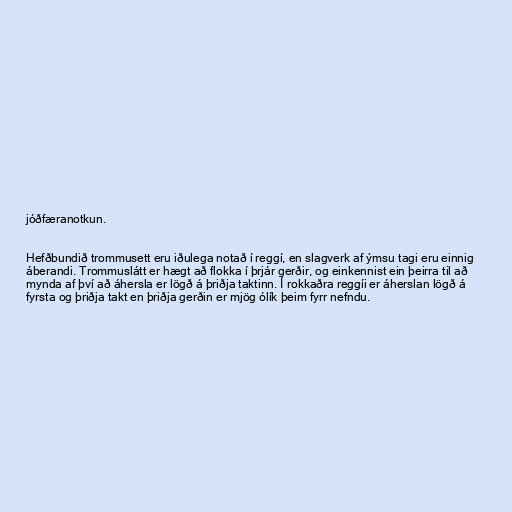
jóðfæranotkun.

Hefðbundið trommusett eru iðulega notað í reggí, en slagverk af ýmsu tagi eru einnig
áberandi. Trommuslátt er hægt að flokka í þrjár gerðir, og einkennist ein þeirra til að
mynda af því að áhersla er lögð á þriðja taktinn. Í rokkaðra reggíi er áherslan lögð á
fyrsta og þriðja takt en þriðja gerðin er mjög ólík þeim fyrr nefndu.